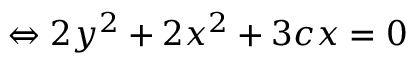
\Leftrightarrow 2 y ^ { 2 } + 2 x ^ { 2 } + 3 c x = 0